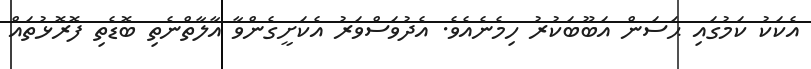
އެކަކު ކަމުގައި ޙަސަން އަބޫބަކުރު ހިމެނެއެވެ. އެދުވަސްވަރު އެކަށީގެންވާ އާލާތްނެތި ބޮޑެތި ފޮރޮޅުތައް